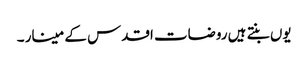
یوں بنتے ہیں روضات اقدس کے مینار ۔